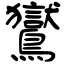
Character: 鸑